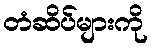
တံဆိပ်များကို